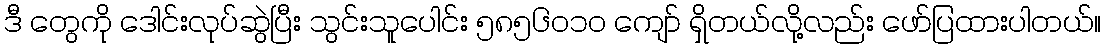
ဒီ တွေကို ဒေါင်းလုပ်ဆွဲပြီး သွင်းသူပေါင်း ၅၈၅၆၀၁၀ ကျော် ရှိတယ်လို့လည်း ဖော်ပြထားပါတယ်။